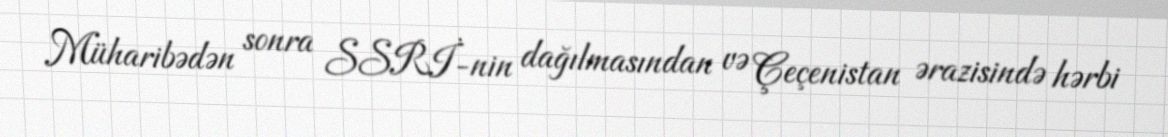
Müharibədən sonra SSRİ-nin dağılmasından və Çeçenistan ərazisində hərbi